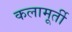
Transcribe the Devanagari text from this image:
कलामूर्ती